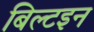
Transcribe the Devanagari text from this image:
बिल्टइन